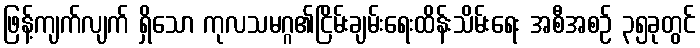
ဖြန့်ကျက်လျက် ရှိသော ကုလသမဂ္ဂ၏ငြိမ်းချမ်းရေးထိန်းသိမ်းရေး အစီအစဉ် ၃၅ခုတွင်